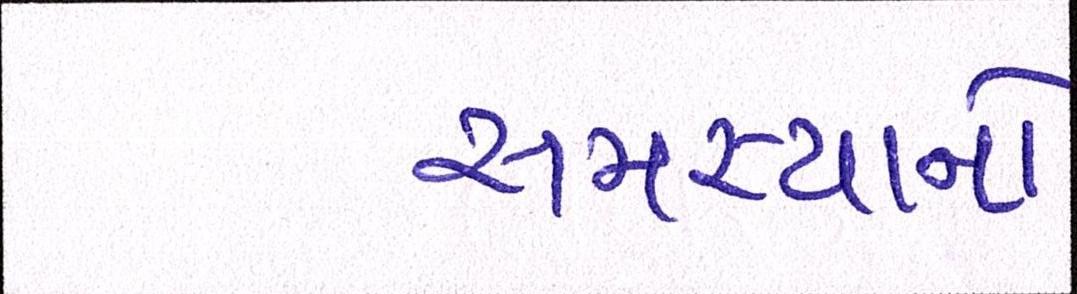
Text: સમસ્યાનો